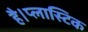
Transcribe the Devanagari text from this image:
है।प्लास्टिक